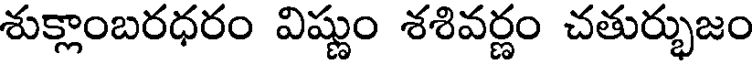
శుక్లాంబరధరం విష్ణుం శశివర్ణం చతుర్భుజం